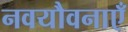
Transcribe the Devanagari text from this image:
नवयौवनाएँ